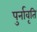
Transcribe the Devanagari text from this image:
पुर्नावृति